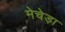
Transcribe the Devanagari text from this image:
मेचेड़ा